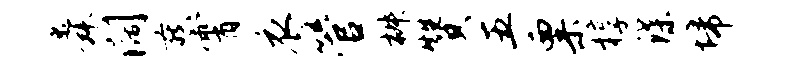
舜阔燕霄衣管椒赞五粟椁蝶埽